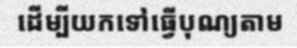
ដើម្បីយកទៅធ្វើបុណ្យតាម